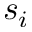
s _ { i }